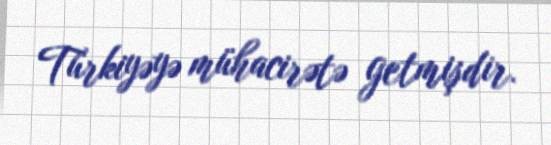
Türkiyəyə mühacirətə getmişdir.